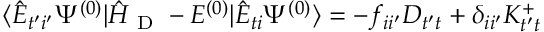
\langle \hat { E } _ { t ^ { \prime } i ^ { \prime } } \Psi ^ { ( 0 ) } | \hat { H } _ { \mathrm { ~ D ~ } } - E ^ { ( 0 ) } | \hat { E } _ { t i } \Psi ^ { ( 0 ) } \rangle = - f _ { i i ^ { \prime } } D _ { t ^ { \prime } t } + \delta _ { i i ^ { \prime } } K _ { t ^ { \prime } t } ^ { + }